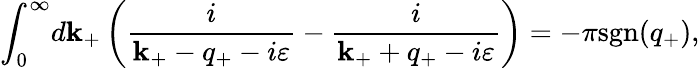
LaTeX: {\int}_{0}^{\infty}d\mathbf{k}_{+}\left(\frac{{i}}{{\mathbf{k}_{+}-q_{+}-i{\varepsilon}}}-\frac{{i}}{{\mathbf{k}_{+}+q_{+}-i{\varepsilon}}}\right)=-{\pi}\mathrm{{sgn}}(q_{+}),